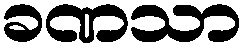
ခဏသာ